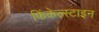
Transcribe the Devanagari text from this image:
फिंकेल्स्टाइन